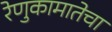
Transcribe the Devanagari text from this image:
रेणुकामातेचा